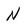
Character: N